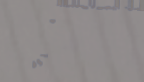
تأمين سيارات المتحدة يوفر